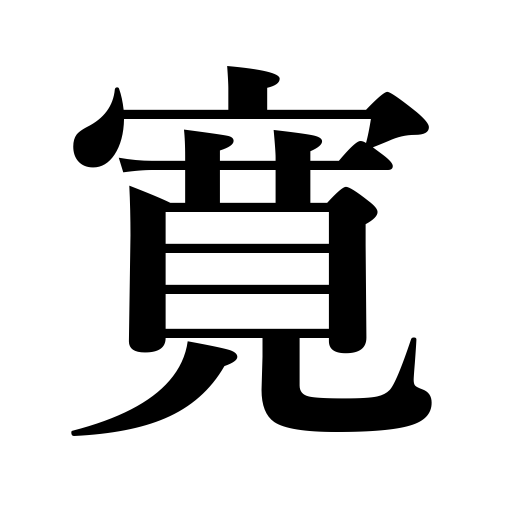
Meanings: leniency,generosity